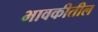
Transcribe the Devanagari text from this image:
भावकीतील